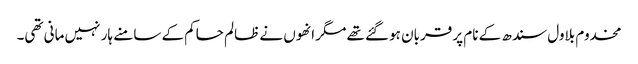
مخدوم بلاول سندھ کے نام پر قربان ہوگئے تھے مگر انھوں نے ظالم حاکم کے سامنے ہار نہیں مانی تھی۔